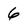
Character: 6